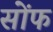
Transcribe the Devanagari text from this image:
सोंफ